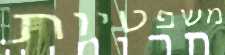
משפטיות